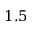
1 . 5